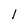
Character: 1